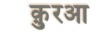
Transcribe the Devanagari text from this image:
क़ु़रआ